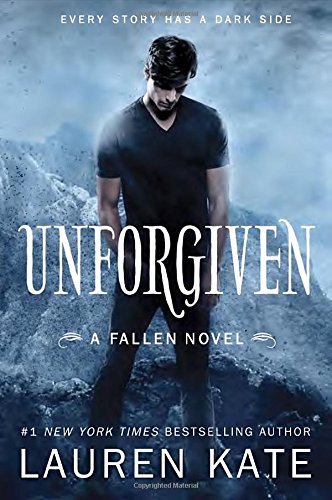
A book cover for Unforgiven (Fallen); Lauren Kate; Teen & Young Adult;